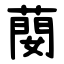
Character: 蔅